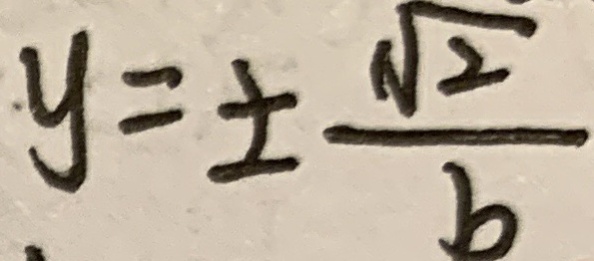
y = \pm \frac { \sqrt { 2 } } { b }